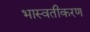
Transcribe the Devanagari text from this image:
भास्वतीकरण